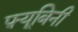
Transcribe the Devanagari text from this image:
फ़्यूबिनी